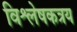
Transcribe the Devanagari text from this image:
विश्लेषकत्रय